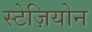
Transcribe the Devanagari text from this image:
स्टेज़ियोन